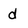
Character: d